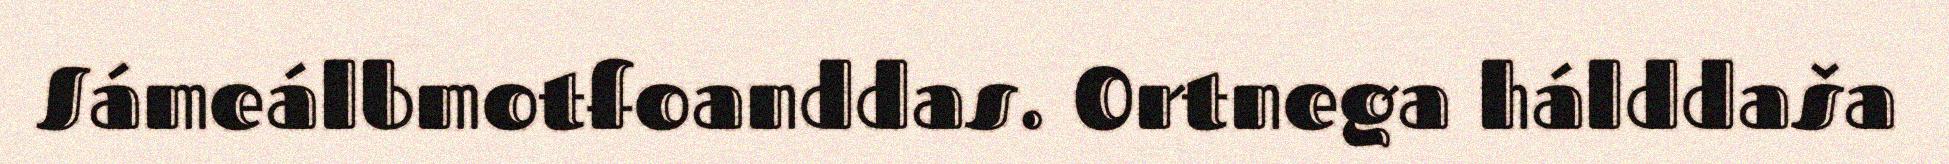
Sámeálbmotfoanddas. Ortnega hálddaša